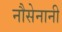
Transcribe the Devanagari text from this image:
नौसेनानी